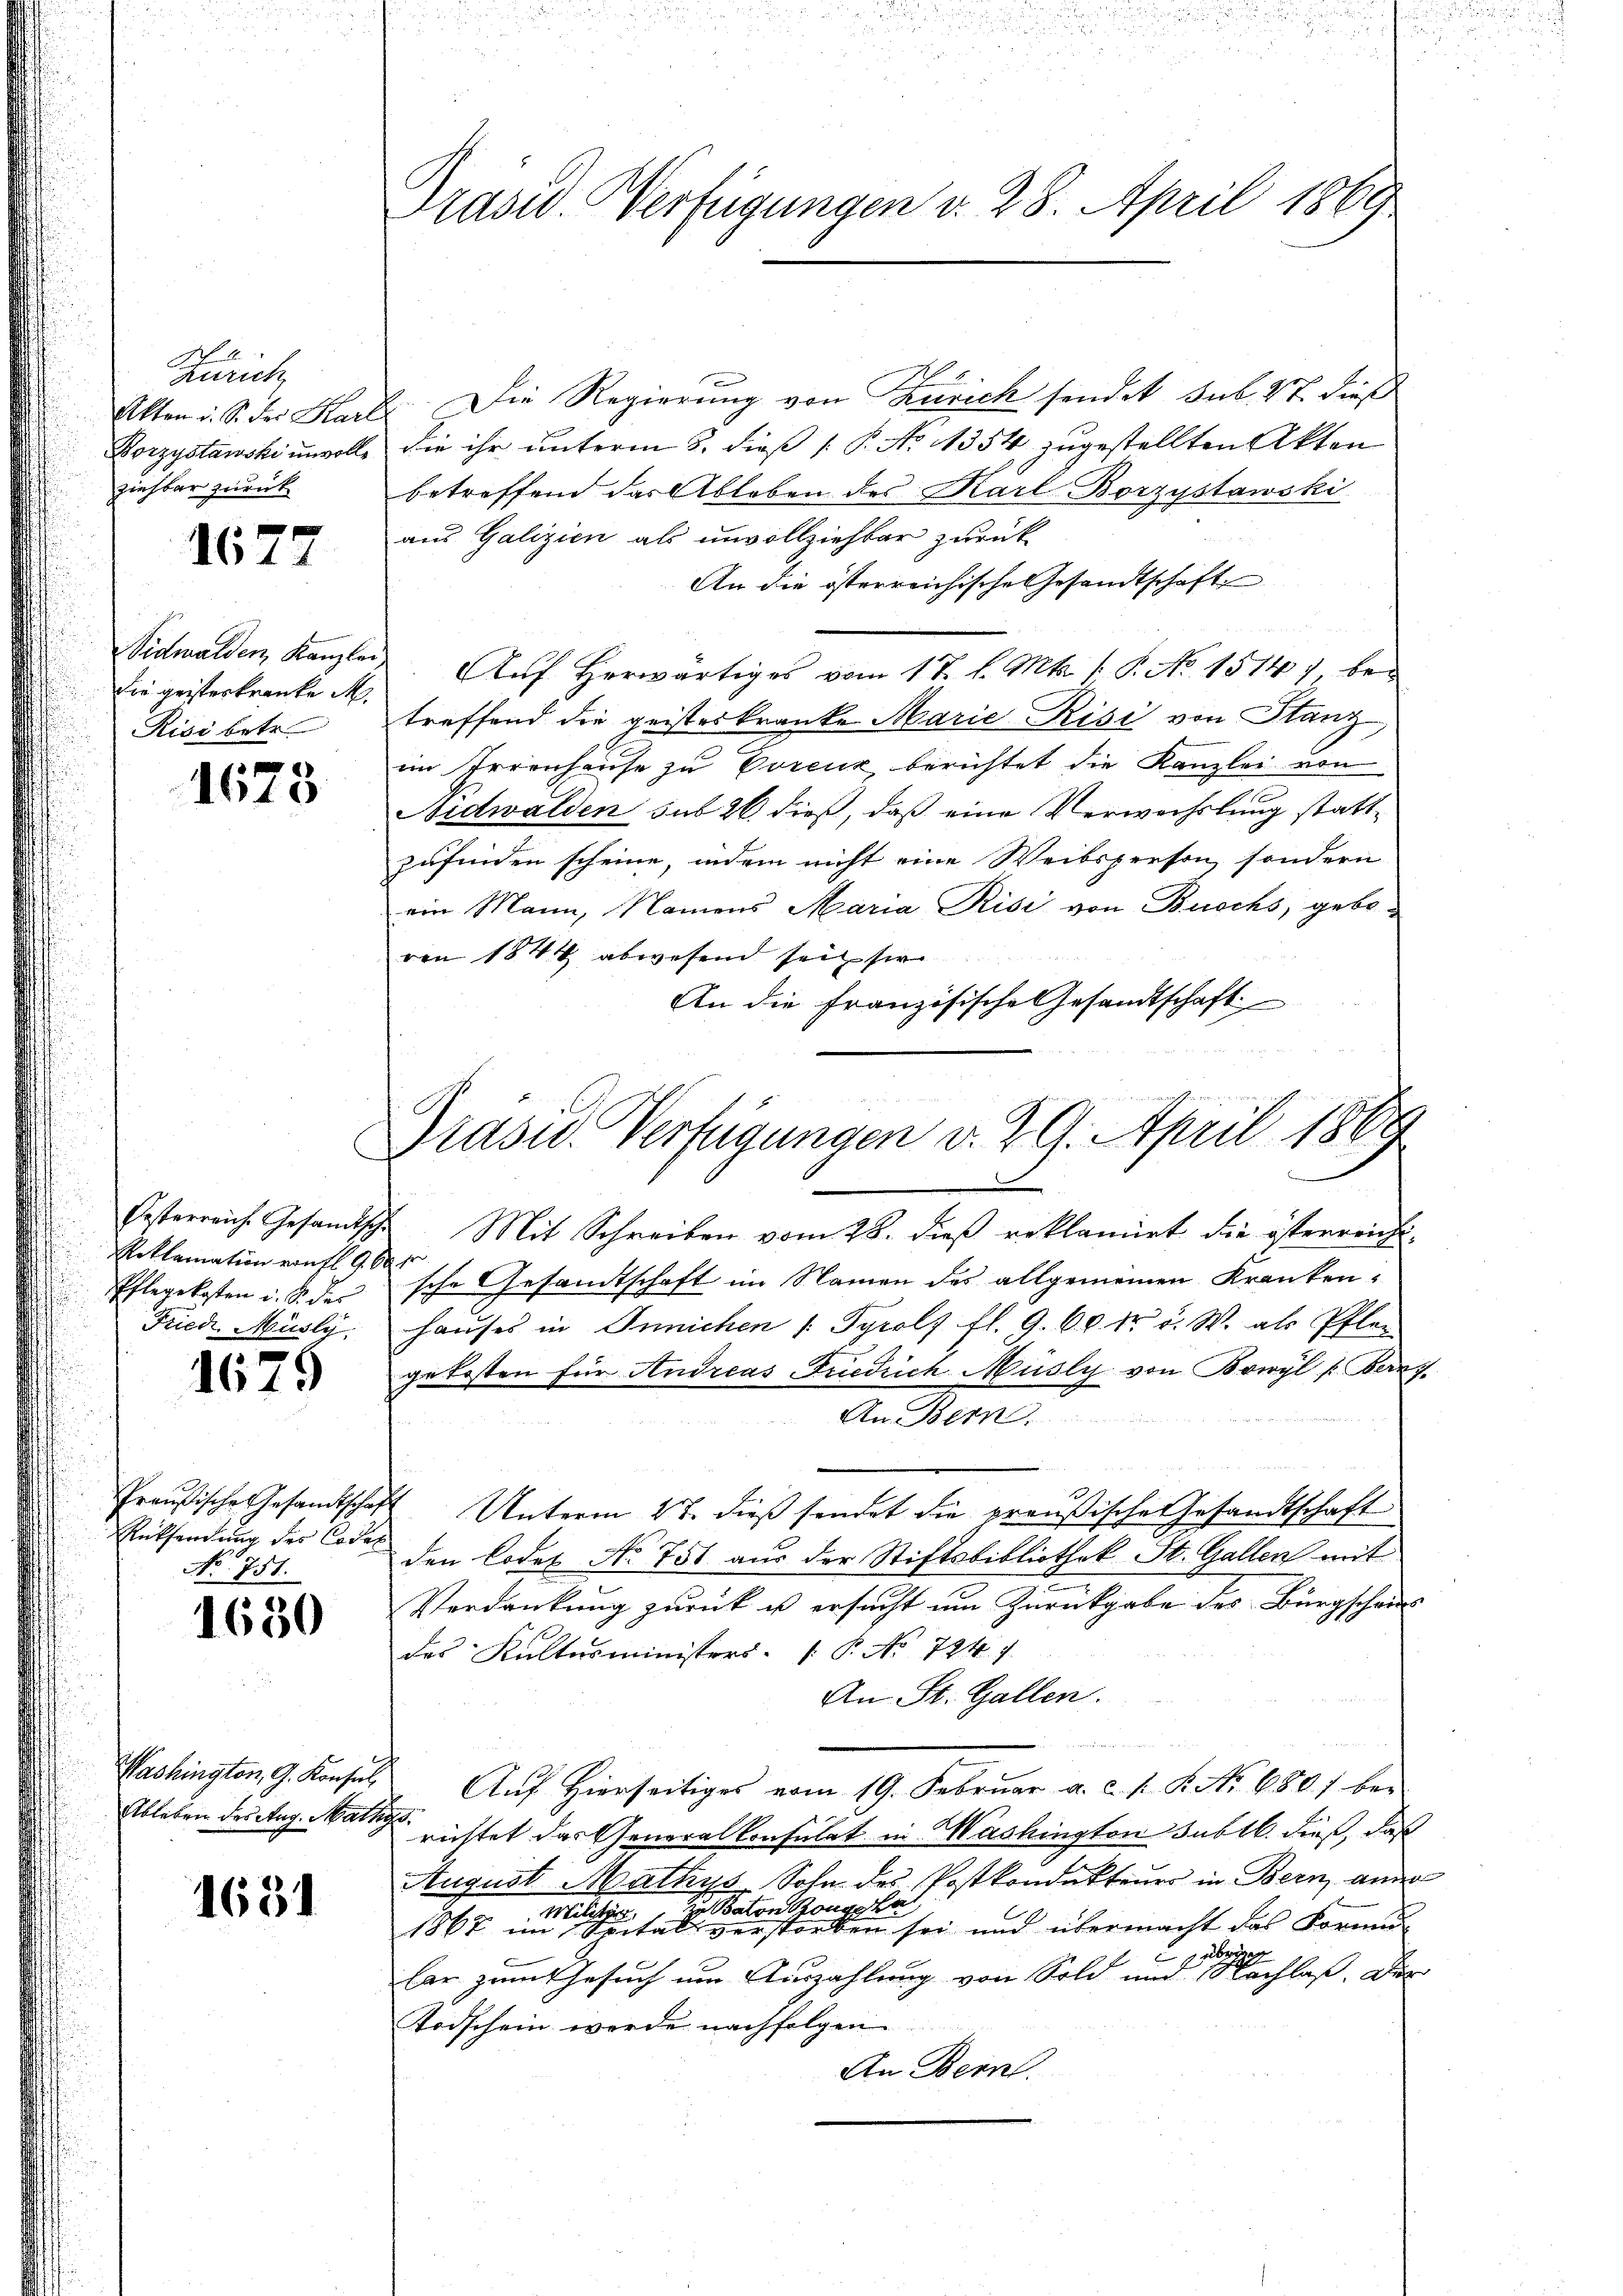
M. E.
Zürich
Akten i. S. der Kar
Borzystawski unvollziehbar zurück

1677

Nidwalden, Kanzle
die geisteskranke M.
Risi betr.

1678

Reklamation von fl. 96.
Pflegekosten u. S. der
Friedi, Müsly,

1675

Rücksendung des Codes
No. 751.

1650

Washington, G. Konsul,
Ableben des Aug. Mathy

1651

Prasw. Verfügungen v. 28. April 1869

Präsid. Verfügungen v. 29. April 1889

E. Die Regierung von Zürich sendet sub. 27. dieß
die ihr unterm 3. dieß P. No 11354 zugestellten Akten
betreffend das Ableben des Karl Borzystawski
aus Galizien als unvollziehbar zurück
An die österreichische Gesandtschaft
Auf herwärtiges vom 17. l. Mts. /: P. No. 1514) betreffend die geisteskranke Marie Risi von Stanz
im Irrenhause zu Vorenz, berichtet die Kanzlei von
Nidwalden sub 26. dieß, daß eine Verwachslung stattzufinden scheine, indem nicht eine Weibspresen, sondern
ein Mann, Namens Maria Risi von Buchs, gebovon 1844 abwesend seit sie
An die Französische Gesandtschaft
Oesterreiche Gesandtsche Mit Schreiben vom 28. dieß reklamirt die österreich-
n
sche Gesandtschaft im Namen des allgemeinen Kranken-
haŭses in Innichen 1. Tyrols fl. 9. 60 kr. d. W. als Pflan
gekosten für Andreas Friedrich Müsly von Bowyl /: Bern,

An Bern.
Preußische Gesamtschaft Unterm 27. dieß sendet die preußische esandtschaft
den Codes No 751 aus der Stiftsbibliothek St. Gallen mit
Verdankung zurück us ersucht um Zurückgabe des Bürgschau
des Kultusministers P. No 724. 7
An St. Gallen.
Aŭf Hierseitiges vom 19. Febrŭar a. c. s. B. No 680 bei
r
richtet das Generalkonsulat in Mashingten Jubel. dieß, daß
August Mathys Sohn des Postkondukteuer in Bern ann
Militär in Baton Bougska
1867 im Spital verstorben sei und übermacht das Formu
1
lar zum Gesuch um Auszahlung von Sold und Nachlaß. Der
Todschein werde nachfolgen
An Bern.